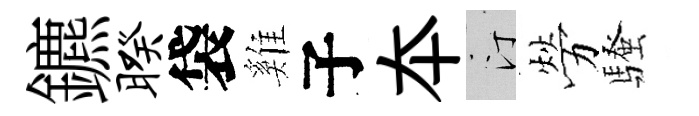
鑣暌袋雞子夲汀勞騷